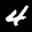
Label: 4